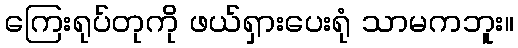
ကြေးရုပ်တုကို ဖယ်ရှားပေးရုံ သာမကဘူး။